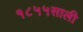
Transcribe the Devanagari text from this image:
१८५५साली